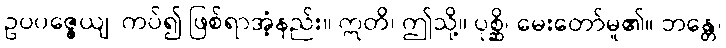
ဥပပဇ္ဇေယျ၊ ကပ်၍ ဖြစ်ရာအံ့နည်း။ ဣတိ၊ ဤသို့။ ပုစ္ဆိ၊ မေးတော်မူ၏။ ဘန္တေ၊